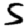
Digit: 5